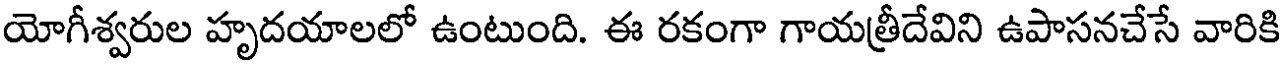
యోగీశ్వరుల హృదయాలలో ఉంటుంది. ఈ రకంగా గాయత్రీదేవిని ఉపాసనచేసే వారికి